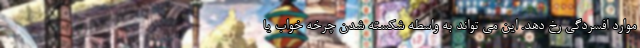
موارد افسردگی رخ دهد. این می تواند به واسطه شکسته شدن چرخه خواب یا